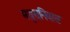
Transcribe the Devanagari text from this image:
मथुरानिवास